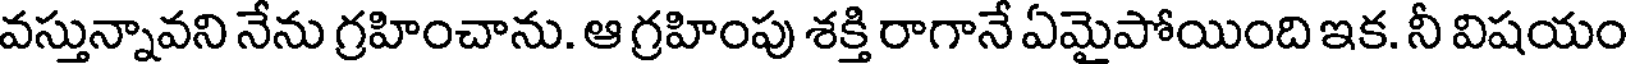
వస్తున్నావని నేను గ్రహించాను. ఆ గ్రహింపు శక్తి రాగానే ఏమైపోయింది ఇక. నీ విషయం